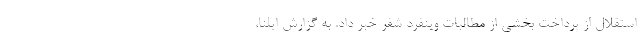
استقلال از پرداخت بخشی از مطالبات وینفرد شفر خبر داد. به گزارش ایلنا،